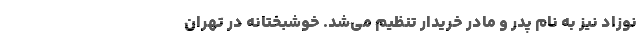
نوزاد نیز به نام پدر و مادر خریدار تنظیم می‌شد. خوشبختانه در تهران